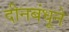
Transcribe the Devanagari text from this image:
दीनबंधूने